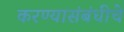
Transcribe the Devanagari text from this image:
करण्यासंबंधीचे